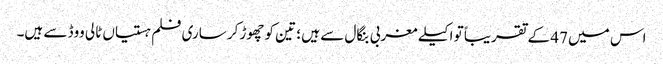
اس میں 47 کے تقریباً تو اکیلے مغربی بنگال سے ہیں ؛ تین کو چھوڑ‌کر ساری فلم ہستیاں ٹالی ووڈ سے ہیں۔